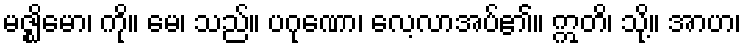
မဇ္ဈိမော၊ ကို။ မေ၊ သည်။ ပဂုဏော၊ လေ့လာအပ်၏။ ဣတိ၊ သို့။ အာဟ၊